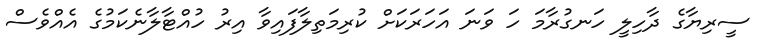
ސީރިޔާގެ ދާހިލީ ހަނގުރާމަ ހަ ވަނަ އަހަރަކަށް ކުރިމަތިލާފައިވާ އިރު ހުއްޓާލާނެކަމުގެ އެއްވެސް